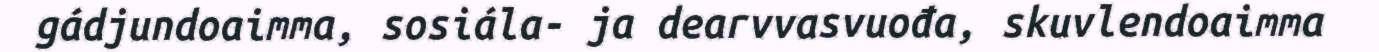
gádjundoaimma, sosiála- ja dearvvasvuođa, skuvlendoaimma